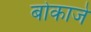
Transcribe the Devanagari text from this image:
बोकाजे